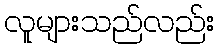
လူများသည်လည်း